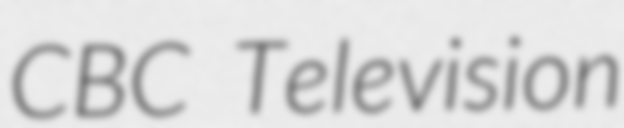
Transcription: CBC Television